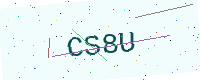
Text: CS8U